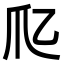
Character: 𤓱